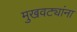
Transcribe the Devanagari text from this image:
मुखवट्यांना